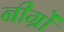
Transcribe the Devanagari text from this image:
नीग्रों